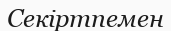
Секіртпемен